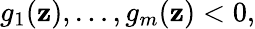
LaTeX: g_{1}(\mathbf{z}),\ldots,g_{m}(\mathbf{z})<0,